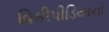
વિકીપીડિયાનો